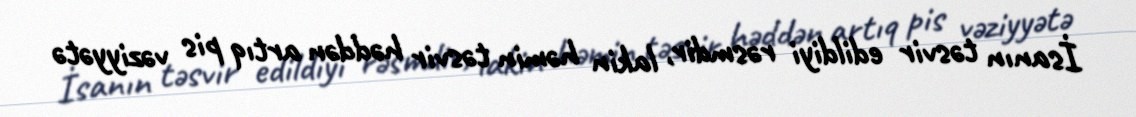
İsanın təsvir edildiyi rəsmdir, lakin həmin təsvir həddən artıq pis vəziyyətə